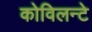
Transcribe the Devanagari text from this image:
कोविलन्टे